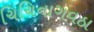
ચિચિનાગવઠા